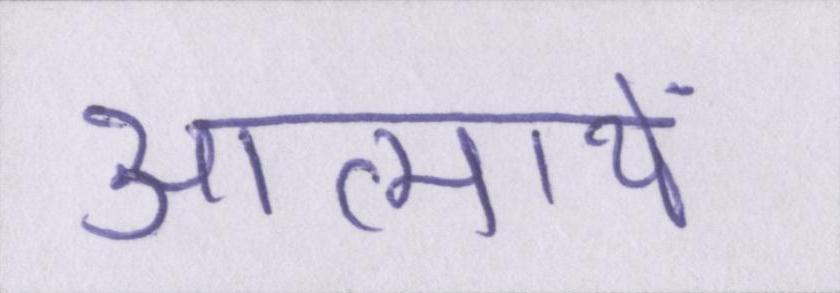
आत्मायें